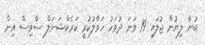
ބުނާ ލިޔުން ޖުލައި 19 ވަނަ ދުވަހު ހަވާލުކުރީ ކަރެކްޝަނަލް ސާވިސް އިން